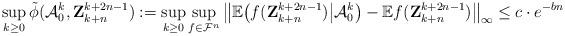
LaTeX: \begin{align*} \sup_{k \geq 0} \tilde \phi (\mathcal{A}_0^k, \mathbf{Z}_{k+n}^{k+2n-1}):= \sup_{k\geq 0} \sup_{f \in \mathcal{F}^n} \big\| \mathbb{E} \bigl( f(\mathbf{Z}_{k+n}^{k+2n-1}) \big| \mathcal A_0^k \big) - \mathbb{E} f(\mathbf{Z}_{k+n}^{k+2n-1}) \big\|_{\infty}\leq c \cdot e^{- b n}\end{align*}